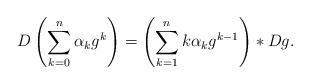
LaTeX: \begin{align*} D\left( \sum_{k=0}^n \alpha_k g^k \right) = \left(\sum_{k=1}^n k\alpha_k g^{k-1}\right)*Dg. \end{align*}